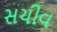
સચીવ